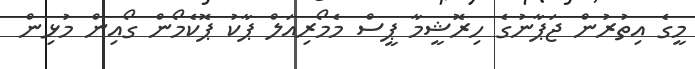
މީގެ އިތުރުން ޖަޕާނުގެ ހިރޮޝީމާ ޕީސް މެމޯރިއަލް ޕާކު ޕޮކެމޯން ގޯއިން މުޅިން